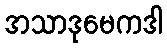
အသာဒုမေကဒါ